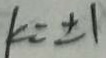
k = \pm 1